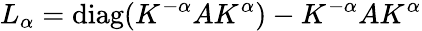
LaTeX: L_{\alpha}=\mathrm{diag}(K^{-\alpha}AK^{\alpha})-K^{-\alpha}AK^{\alpha}